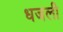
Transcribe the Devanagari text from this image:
धजली